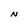
Character: N